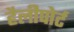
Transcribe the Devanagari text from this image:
हैलीपोर्ट